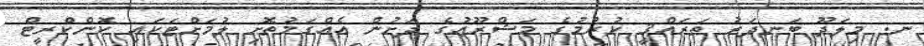
ނ. މިލަދޫ ބަނދަރު ތަރައްޤީ ކުރުމުގެ މަޝްރޫޢުގެ ދަށުން އެއްގަމުތޮށި ލުމަށްޓަކައި ކޮންކްރީޓް